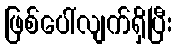
ဖြစ်ပေါ်လျက်ရှိပြီး